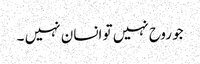
جو روح نہیں تو انسان نہیں ۔